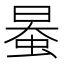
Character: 𧋯